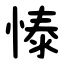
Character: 㥭